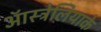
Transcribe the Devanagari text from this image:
ऑस्ट्रेलियाके